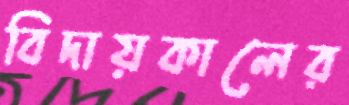
বিদায়কালের